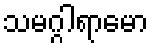
သမဂ္ဂါရာမော